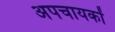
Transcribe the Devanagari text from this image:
अपचायकों